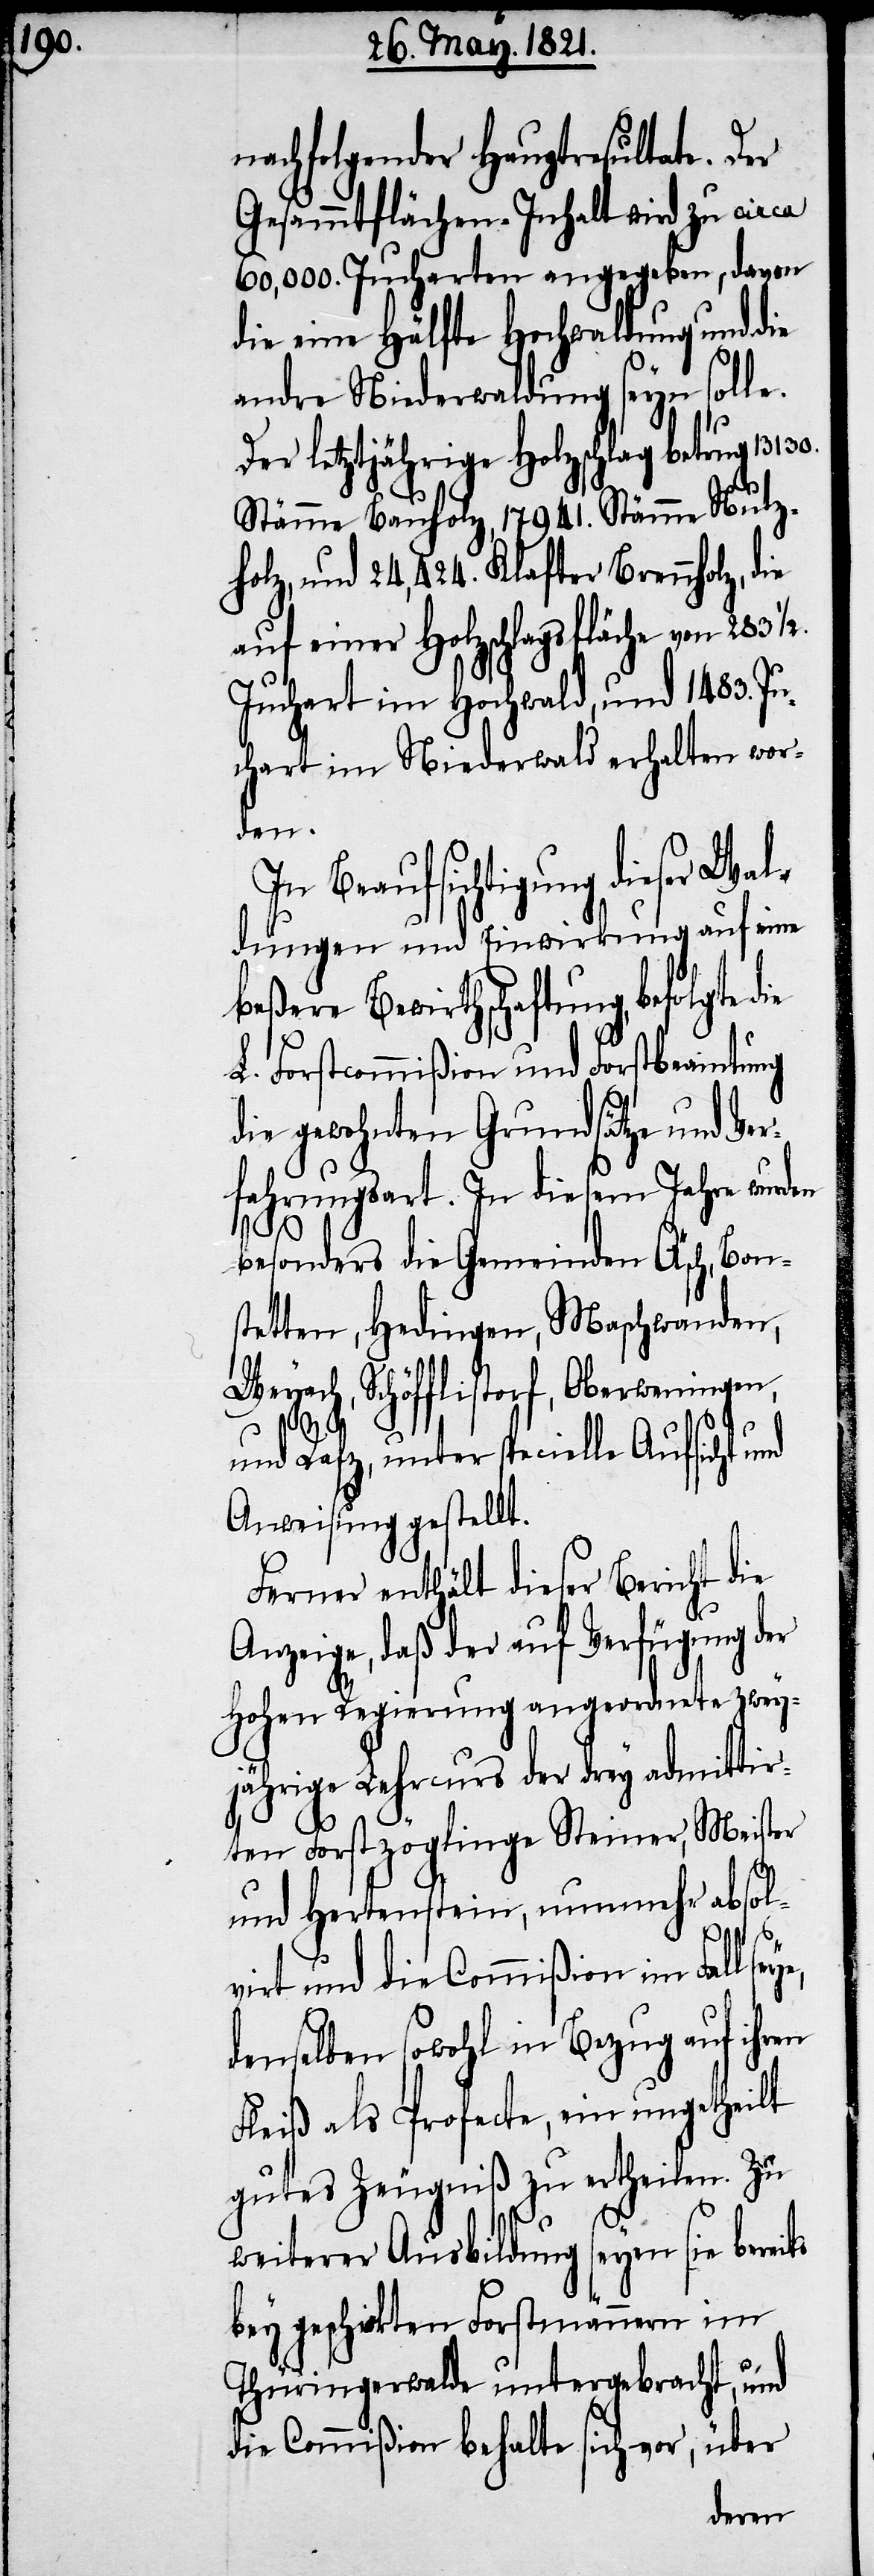
nachfolgender Hauptresultate. Der
Gesammtflächen-Inhalt wird zu circa
60,000 Jucharten angegeben, davon
die eine Hälfte Hochwaldung und die
andre Niederwaldung seyn solle.
Der letztjährige Holzschlag betrug 13
Stämme Bauholz, 17 941. Stämme Nutz¬
holz, und 24,424 Klafter Brennholz, die
auf einer Holzschlagsfläche von 283 1/2.
Juchart im Hochwald, und 1483. Ju¬
chart im Niederwald erhalten wor¬
den.
In Beaufsichtigung dieser
dungen und Einwirkung auf eine
beßere Bewirthschaftung, befolgte
L. Forstcommißion und Forstbeamtung
die gewohnten Grundsätze und Ver¬
fahrensart. In diesem Jahre wurden
130.
besonders die Gemeinden Aesch, Bons¬
tetten, Hedingen, Maschwanden,
Weyach, Schöfflistorf, Oberweiningen,
eits
und Rafz, unter specielle Aufsicht und
Anweisung gestellt.
Ferner enthält dieser Bericht die
Anzeige, daß der auf Verfügung der
Hohen Regierung angeordnete zwey¬
jährige Lehrcurs der drey admittir¬
ten Forstzöglinge Steiner, Meister
und Hertenstein, nunmehr absol¬
virt und die Commißion im Fall seye,
denselben sowohl in Bezug auf ihren
Fleiß als Profecte, ein ungetheilt
gutes Zeugniß zu ertheilen. Zu
weiterer Ausbildung seyen sie ber¬
bey geschickten Forstmännern im
Thüringerwalde untergebracht, und
die Commißion behalte sich vor, über